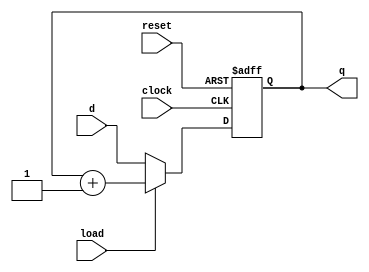
// program counter
module pc(clock, reset, load, d, q);
   input        clock, reset, load;
   input [3:0] 	d;
   output [3:0] q;

   reg [3:0] 	regQ;
   assign 	q = regQ;

   always @ (posedge clock or negedge reset) begin
      if (!reset)
	regQ <= 4'h0;
      else if (~load)
	regQ <= d;
      else
	regQ <= regQ + 1;
   end
endmodule // pc